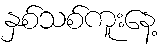
နှစ်သစ်ကူးနေ့